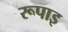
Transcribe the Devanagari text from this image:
रूपाइ